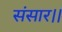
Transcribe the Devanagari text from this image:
संसार।।